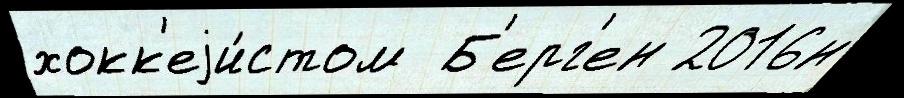
хокк'еjи́стом  Б'ерг'ен 2016н